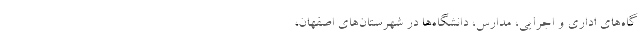
گاه‌های اداری و اجرایی، مدارس، دانشگاه‌ها در شهرستان‌های اصفهان،